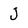
Character: J